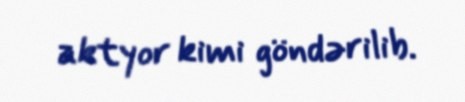
aktyor kimi göndərilib.